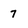
Character: 7